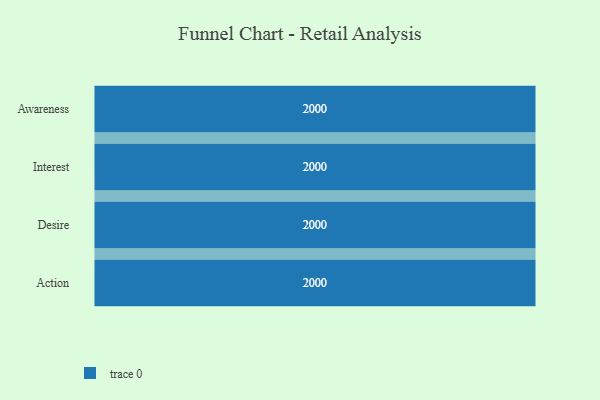
{"axis": {"x": "Stage", "y": "Value"}, "legend": [""], "data": [{"x": "Awareness", "y": 2000, "type": ""}, {"x": "Interest", "y": 2000, "type": ""}, {"x": "Desire", "y": 2000, "type": ""}, {"x": "Action", "y": 2000, "type": ""}]}